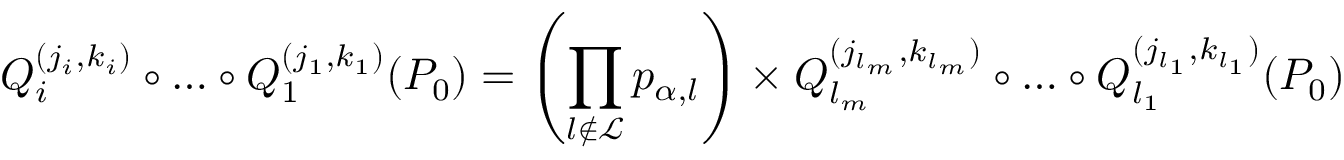
Q _ { i } ^ { ( j _ { i } , k _ { i } ) } \circ \dots \circ Q _ { 1 } ^ { ( j _ { 1 } , k _ { 1 } ) } ( P _ { 0 } ) = \left( \prod _ { l \not \in \mathcal { L } } p _ { \alpha , l } \right) \times Q _ { l _ { m } } ^ { ( j _ { l _ { m } } , k _ { l _ { m } } ) } \circ \dots \circ Q _ { l _ { 1 } } ^ { ( j _ { l _ { 1 } } , k _ { l _ { 1 } } ) } ( P _ { 0 } )